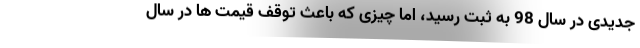
جدیدی در سال 98 به ثبت رسید، اما چیزی که باعث توقف قیمت ها در سال